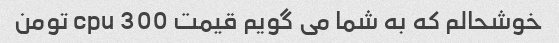
خوشحالم که به شما می گویم قیمت cpu 300 تومن